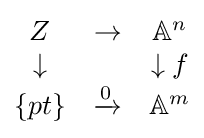
{\begin{matrix}Z&\to &\mathbb {A} ^{n}\\\downarrow &&\downarrow f\\\{pt\}&\xrightarrow {0} &\mathbb {A} ^{m}\end{matrix}}